Report on vaccination in Madras 1904-1921 - 1904-1921
Year: 1904
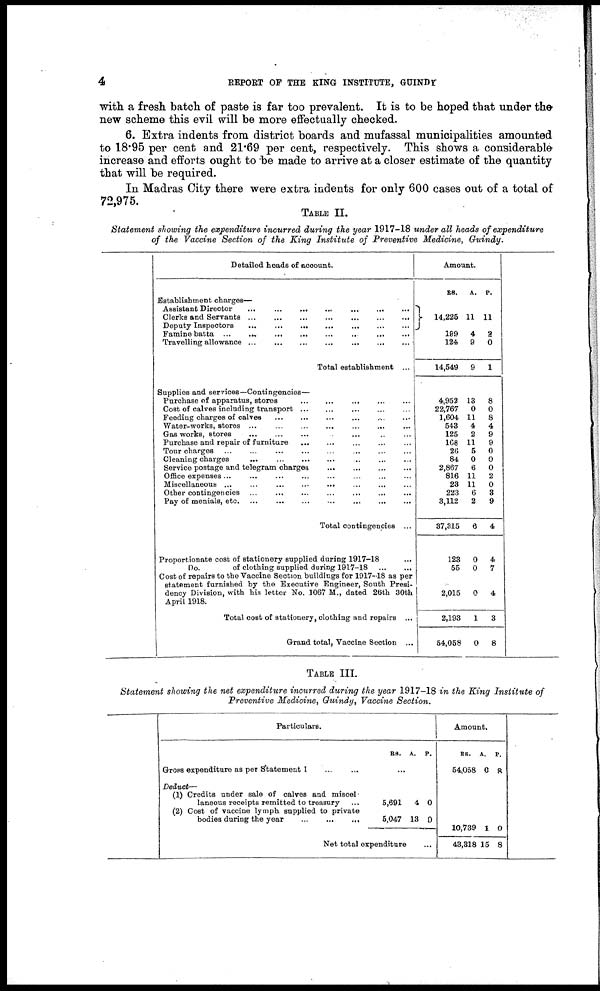
4
REPORT OF THE KING INSTITUTE, GUINDY
with a fresh batch of paste is far too prevalent. It is to be hoped that under the
new scheme this evil will be more effectually checked.
6. Extra indents from district boards and mufassal municipalities amounted
to 18.95 per cent and 21.69 per cent, respectively. This shows a considerable
increase and efforts ought to be made to arrive at a closer estimate of the quantity
that will be required.
In Madras City there were extra indents for only 600 cases out of a total of
72,975.
TABLE II.
Statement showing the expenditure incurred during the year 1917-18 under all heads of expenditure
of the Vaccine Section of the King Institute of Preventive Medicine, Guindy.
Detailed heads of account.
Establishment charges—
Assistant Director
...
...
...
...
...
...
...
Clerks and Servants
...
...
...
...
...
...
...
Deputy Inspectors
...
...
...
...
...
...
...
Famine batta ... ... ... ... ... ... ...
Travelling allowance
...
...
...
...
...
...
...
Total establishment ...
Supplies and services—Contingencies—
Purchase of apparatus, stores ... ... ... ... ...
Cost of calves including transport ... ... ... ... ...
Feeding charges of calves
...
...
...
...
...
...
Water-works, stores ... ... ... ... ... ... ...
Gas works, stores
...
...
...
...
...
...
...
Purchase and repair of furniture ... ... ... ... ...
Tour charges ... ... ... ... ... ... ...
Cleaning charges
...
...
...
...
...
Service postage and telegram charges
...
...
...
...
Office expenses ... ... ... ... ... ... ...
Miscellaneous
...
...
...
...
...
...
...
Other contingencies
...
...
...
...
...
...
...
Pay of menials, etc
...
...
...
...
...
...
...
Total contingencies ...
Proportionate cost of stationery supplied during 1917-18 ...
Do.
of clothing supplied during 1917-18
...
...
Cost of repairs to the Vaccine Section buildings for 1917-18 as per
statement furnished by the Executive Engineer, South Presi-
dency Division, with his letter No. 1067 M., dated 26th 30th
April 1918.
Total cost of stationery, clothing and repairs ...
Grand total, Vaccine Section ...
Amount.
RS.
A. P.
14,225
199
124
14,549
4,952
22,767
1,604
543
125
168
26
84
2,867
816
23
223
3,112
37,315
123
55
2,015
2,193
54,058
11
4
9
9
13
0
11
4
2
11
5
0
6
11
11
6
2
6
0
0
0
1
0
11
2
0
1
8
0
8
4
9
9
0
0
0
2
0
3
9
4
4
7
4
3
8
TABLE III.
Statement showing the net expenditure incurred during the year 1917-18 in the King Institute of
Preventive Medicine, Guindy, Vaccine Section.
Particulars.
Gross expenditure as per Statement I ... ...
Deduct—
(1) Credits under sale of calves and miscel-
laneous receipts remitted to treasury ...
(2) Cost of vaccine lymph supplied to private
bodies during the year
...
...
...
...
RS. A. P.
...
5,691
5,047
4
13
0
0
Net total expenditure ...
Amount.
RS.
54,058
A.
0
P.
8
10,739
43,318
1
15
0
8